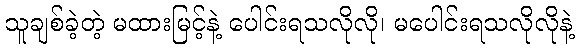
သူချစ်ခဲ့တဲ့ မထားမြင့်နဲ့ ပေါင်းရသလိုလို၊ မပေါင်းရသလိုလိုနဲ့